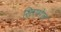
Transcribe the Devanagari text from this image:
सिएगेल